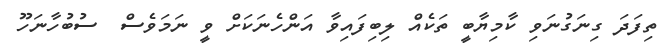
ތިފަދަ ގިނަގުނަވި ކާމިޔާބީ ތަކެއް ލިބިފައިވާ އަންހެނަކަށް ވީ ނަމަވެސް  ސުބުހާނަހޫ